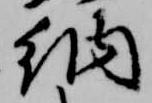
納